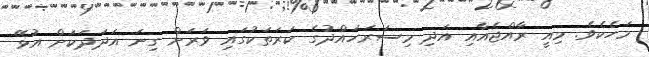
މަހެކެވެ. މިއީ ރާއްޖެއާއި އަދި މިސަރަހައްދުގެ ކަރަތަކުގައި ވަރަށް ގިނަ އަދަދަކަށް އުޅޭ